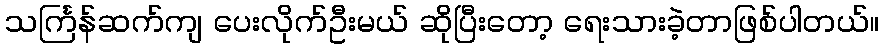
သင်္ကြန်ဆက်ကျ ပေးလိုက်ဦးမယ် ဆိုပြီးတော့ ရေးသားခဲ့တာဖြစ်ပါတယ်။